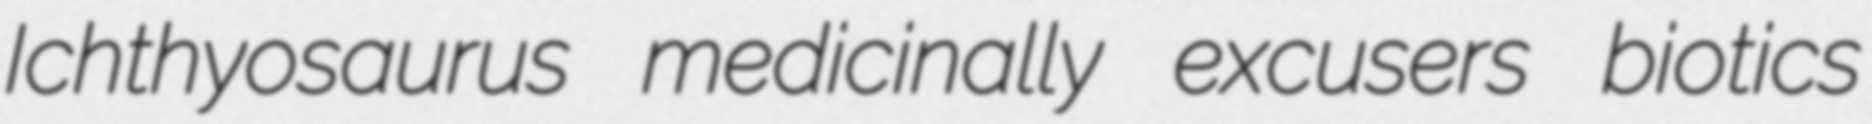
Ichthyosaurus medicinally excusers biotics